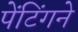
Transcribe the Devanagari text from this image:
पेंटिंगने